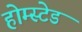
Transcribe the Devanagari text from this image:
होम्स्टेड